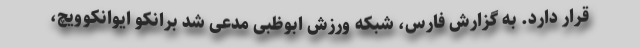
قرار دارد. به گزارش فارس، شبکه ورزش ابوظبی مدعی شد برانکو ایوانکوویچ،